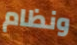
ونظام